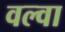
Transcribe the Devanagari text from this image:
वल्वा